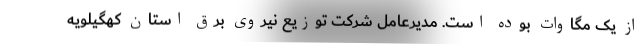
از یک مگاوات بوده است. مدیرعامل شرکت توزیع نیروی برق استان کهگیلویه